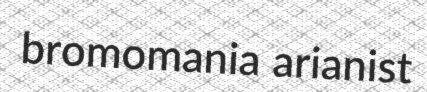
bromomania arianist